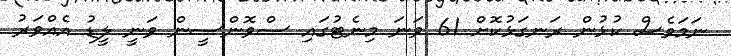
ނަމަވެސް ކުޅުން ރަނގަޅުކޮށް 61 ވަނަ މިނެޓުގައި ސްވޮންސީން ވަނީ ލީޑު އެއްވަރު